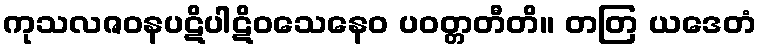
ကုသလဇဝနပဋိပါဋိဝသေနေဝ ပဝတ္တတီတိ။ တတြ ယဒေတံ